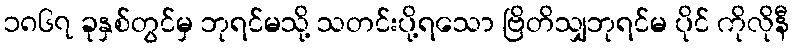
၁၈၆၇ ခုနှစ်တွင်မှ ဘုရင်မသို့ သတင်းပို့ရသော ဗြိတိသျှဘုရင်မ ပိုင် ကိုလိုနီ